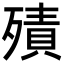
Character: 㱴